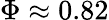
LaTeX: \Phi\approx 0.82